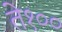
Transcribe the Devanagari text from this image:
ते१००